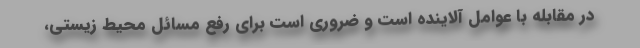
در مقابله با عوامل آلاینده است و ضروری است برای رفع مسائل محیط زیستی،